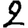
Digit: 2